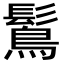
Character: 𪄒